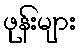
ဖုန်းများ